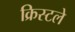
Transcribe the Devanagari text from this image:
क्रिस्टले